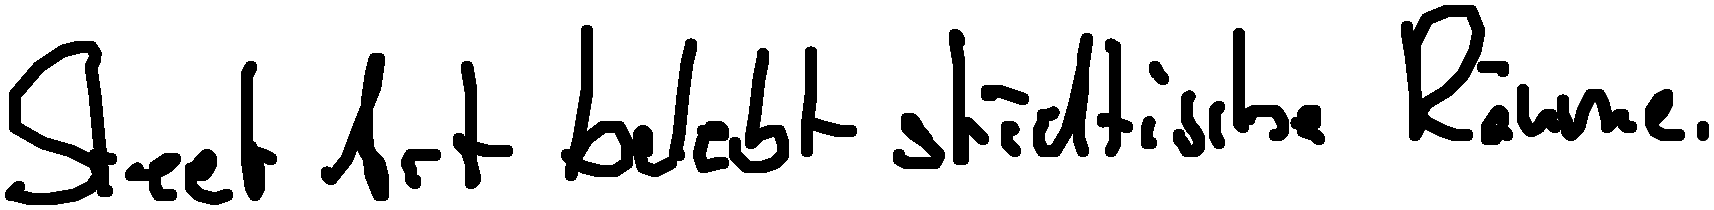
Street Art belebt städtische Räume.